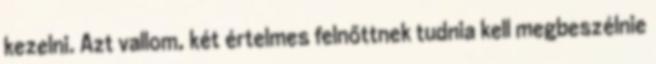
kezelni. Azt vallom, két értelmes felnőttnek tudnia kell megbeszélnie